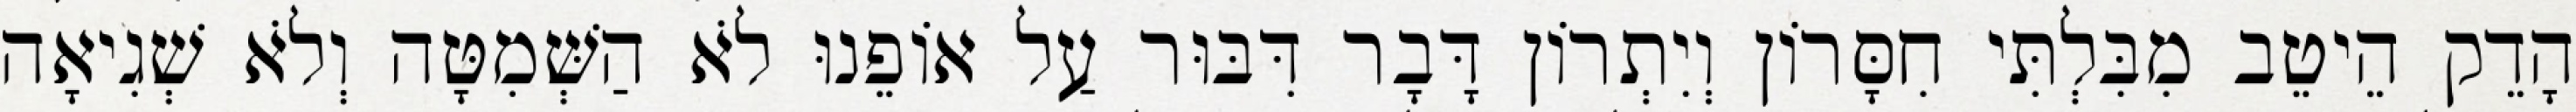
הָדֵק הֵיטֵב מִבִּלְתִּי חִסָּרוֹן וְיִתְרוֹן דָּבָר דִּבּוּר עַל אוֹפֵנוּ לֹא הַשְּׁמִטָּה וְלֹא שְׁגִיאָה